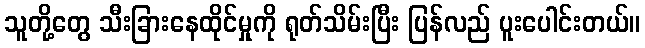
သူတို့တွေ သီးခြားနေထိုင်မှုကို ရုတ်သိမ်းပြီး ပြန်လည် ပူးပေါင်းတယ်။